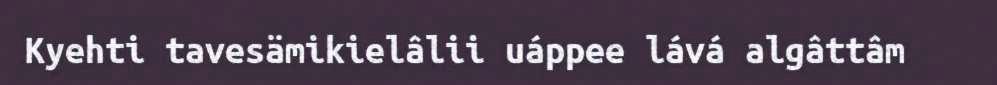
Kyehti tavesämikielâlii uáppee lává algâttâm